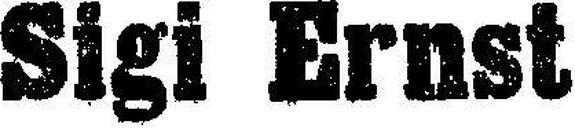
Sigi Ernst